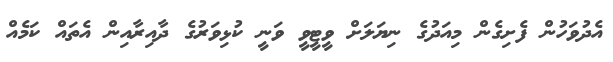
އެދުވަހުން ފެށިގެން މިއަދުގެ ނިޔަލަށް ވީޓީވީ ވަނީ ކުޅިވަރުގެ ދާއިރާއިން އެތައް ކަމެއް